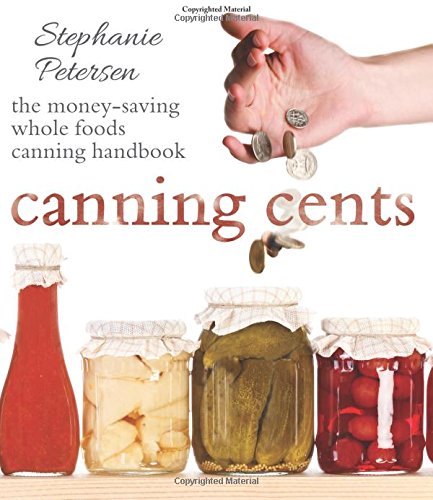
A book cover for Canning Cents: The Money-saving Whole-foods Canning Handbook; Stephanie Petersen; Cookbooks, Food & Wine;